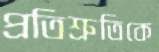
প্রতিশ্রুতিকে